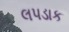
લપડાક